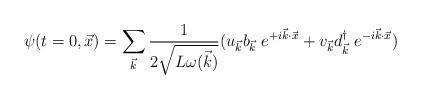
LaTeX: \begin{align*}\psi(t=0,\vec x )=\sum_{\vec k}{1\over 2\sqrt{L \omega(\vec k)} }(u_{\vec k} b_{\vec k}\; e^{+i\vec k\cdot \vec x}+v_{\vec k} d^{\dag} _{\vec k}\; e^{-i\vec k\cdot \vec x})\end{align*}